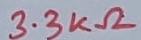
Text: 3.3KΩ